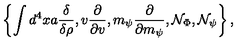
\left\{ \int d ^ { 4 } x a \frac \delta { \delta \rho } , v \frac \partial { \partial v } , m _ { \psi } \frac \partial { \partial m _ { \psi } } , { \cal N } _ { \Phi } , { \cal N } _ { \psi } \right\} ,